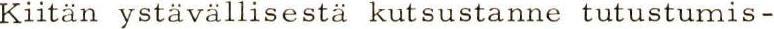
Kiitän ystävällisestä kutsustanne tutustumis-